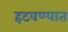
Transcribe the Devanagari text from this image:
हटवण्यात